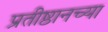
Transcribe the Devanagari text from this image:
प्रतीष्ठानच्या